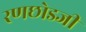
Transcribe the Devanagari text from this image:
रणछोडजी